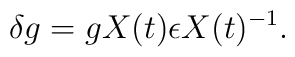
\delta g = g X(t) \epsilon X(t)^{-1} .